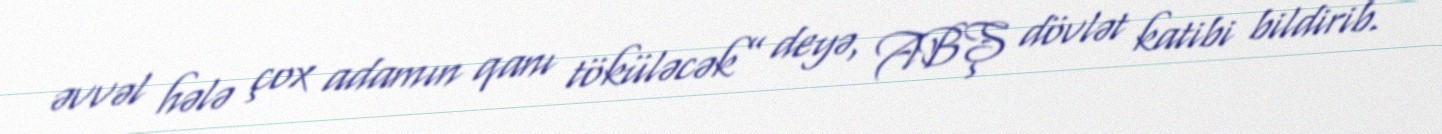
əvvəl hələ çox adamın qanı töküləcək” deyə, ABŞ dövlət katibi bildirib.